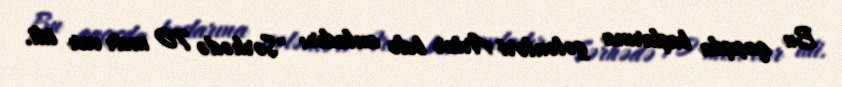
Bu qaçışda başlarına gələnləri Artur belə anladır: "Sərhədə 70 metr var idi.